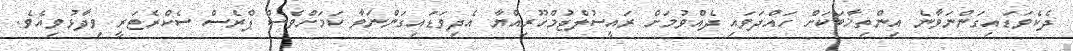
ދެކެވަޑައިގަންނަވާނެ އިންތިޚާބަކަށް ހައްދަވައި ދެއްވުމަށް ރައީސުލްޖުމްހޫރިއްޔާ އެދިވަޑައިގަންނަވާ ކަމަށްވެސް ޕްރެސް ސެކްރެޓަރީ ވިދާޅުވިއެވެ.